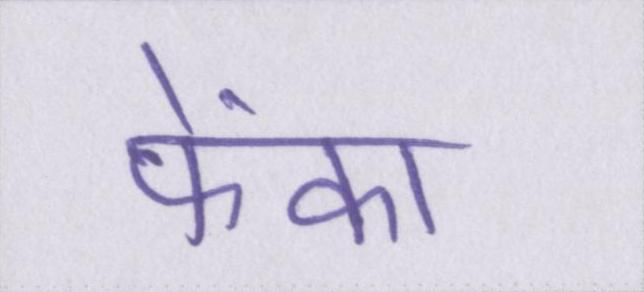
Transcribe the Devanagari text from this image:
फेंका